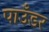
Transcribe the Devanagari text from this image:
पाउँडर